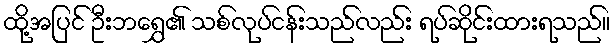
ထို့အပြင် ဦးဘရွှေ၏ သစ်လုပ်ငန်းသည်လည်း ရပ်ဆိုင်းထားရသည်။